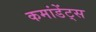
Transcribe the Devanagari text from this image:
कमांडेंट्स